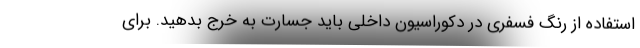
استفاده از رنگ فسفری در دکوراسیون داخلی باید جسارت به خرج بدهید. برای